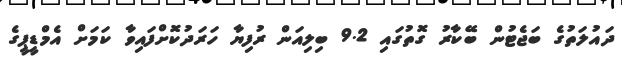
ދައުލަތުގެ ބަޖެޓުން ބޭކާރު ގޮތުގައި 9.2 ބިލިއަން ރުފިޔާ ހަރަދުކޮށްފައިވާ ކަމަށް އެމްޑީޕީގެ